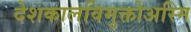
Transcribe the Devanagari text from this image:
देशकालविमुक्तोअस्मि